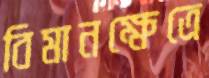
বিমানক্ষেত্রে